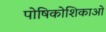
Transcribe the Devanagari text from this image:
पोषिकोशिकाओं